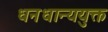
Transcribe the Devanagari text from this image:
धनधान्ययुक्त